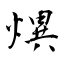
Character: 熼